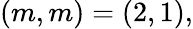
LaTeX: (m,m)=(2,1),